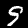
Digit: 9